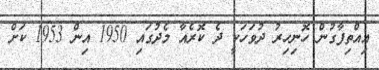
އިއްތިފާގުން ހޮނިހިރު ދުވަހަކީ ދެ ކޮރެއާ މެދުގައި 1950 އިން 1953 ކަށް